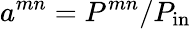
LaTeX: a^{mn}=P^{mn}/P_{\mathrm{in}}